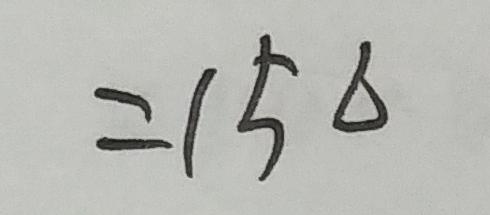
= 1 5 6